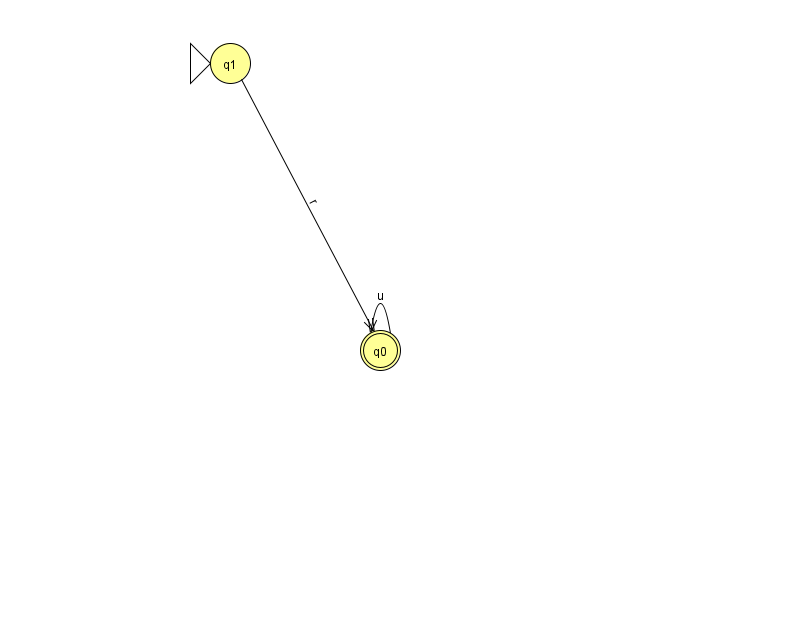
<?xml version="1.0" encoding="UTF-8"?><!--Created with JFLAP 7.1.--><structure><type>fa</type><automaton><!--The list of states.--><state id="0" name="q0"><x>380.0</x><y>337.0</y><final/></state><state id="1" name="q1"><x>230.0</x><y>50.0</y><initial/></state><!--The list of transitions.--><transition><from>0</from><to>0</to><read>u</read></transition><transition><from>1</from><to>0</to><read>r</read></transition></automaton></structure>